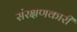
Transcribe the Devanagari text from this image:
संरक्षणकारी